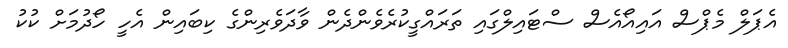
އެޕަލް މެޕްސް އައިއޯއެސް ސްޓައިލްގައި ތަރައްގީކުރެވެންދެން ވާދަވެރިންގެ ކިބައިން އެހީ ހޯދުމަށް ކުކު